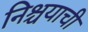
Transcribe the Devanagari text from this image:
निश्चयाची